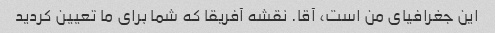
این جغرافیای من است، آقا. نقشه آفریقا که شما برای ما تعیین کردید